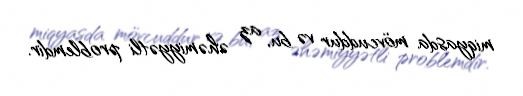
miqyasda mövcuddur və bu, az əhəmiyyətli problemdir.